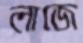
লাজে